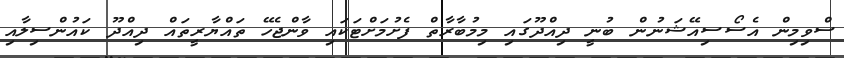
ސްވިމިން އެސޯސިއޭޝަނުން ބުނީ ދިއްދޫގައި މިމުބާރާތް ފެށުމަށްޓަކައި ވާންޖެހޭ ތައްޔާރީތައް ދިއްދޫ ކައުންސިލާއި